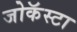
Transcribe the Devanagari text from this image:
जोकॅस्टा